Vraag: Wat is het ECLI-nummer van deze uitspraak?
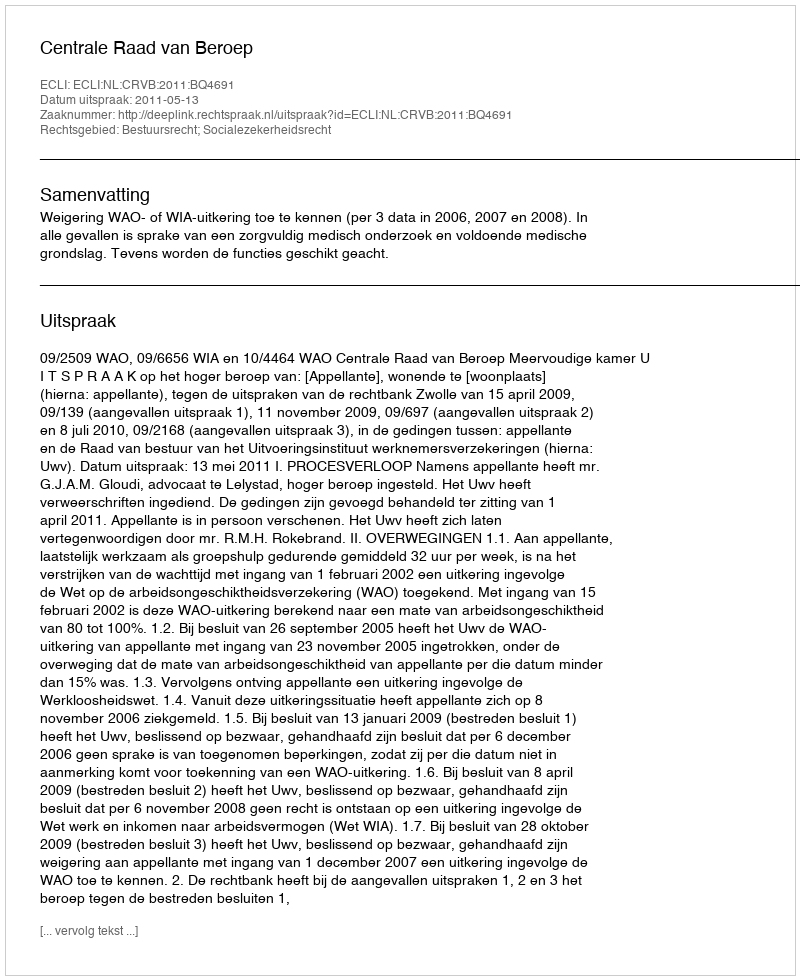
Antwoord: ECLI:NL:CRVB:2011:BQ4691